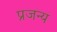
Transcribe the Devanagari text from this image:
प्रजन्य